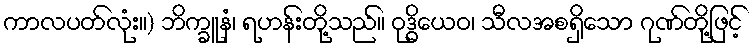
ကာလပတ်လုံး။) ဘိက္ခူနံ၊ ရဟန်းတို့သည်။ ဝုဒ္ဓိယေဝ၊ သီလအစရှိသော ဂုဏ်တို့ဖြင့်